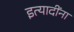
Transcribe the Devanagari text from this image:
इत्‍यादींना